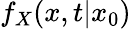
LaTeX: f_{X}(x,t\vert x_{0})